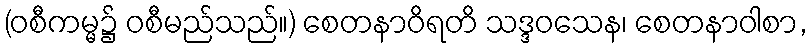
(ဝစီကမ္မ၌ ဝစီမည်သည်။) စေတနာဝိရတိ သဒ္ဒဝသေန၊ စေတနာဝါစာ,